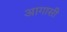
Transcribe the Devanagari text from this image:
आगासी